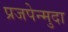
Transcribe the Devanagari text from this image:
प्रजपेन्मुदा